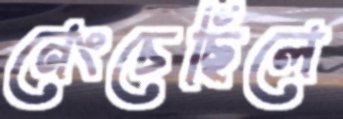
নেংচেছিলে